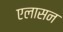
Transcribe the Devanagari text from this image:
एलासन